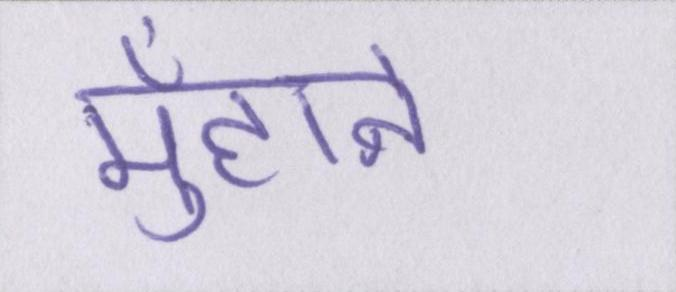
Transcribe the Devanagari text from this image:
मुँहाने